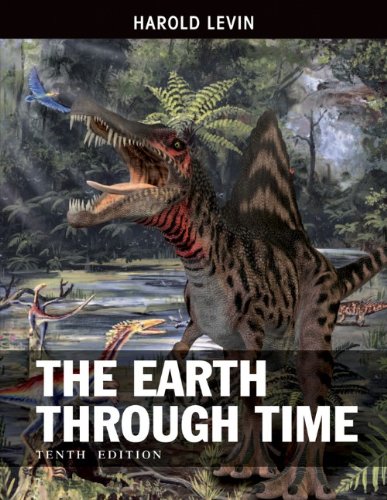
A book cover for The Earth Through Time; Harold L. Levin; Science & Math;